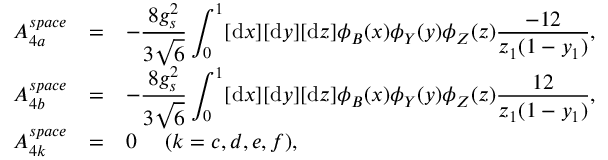
\begin{array} { r c l } { { A _ { 4 a } ^ { s p a c e } } } & { { = } } & { { - \displaystyle \frac { 8 g _ { s } ^ { 2 } } { 3 \sqrt { 6 } } \int _ { 0 } ^ { 1 } [ \mathrm { d } x ] [ \mathrm { d } y ] [ \mathrm { d } z ] \phi _ { B } ( x ) \phi _ { Y } ( y ) \phi _ { Z } ( z ) \displaystyle \frac { - 1 2 } { z _ { 1 } ( 1 - y _ { 1 } ) } , } } \\ { { A _ { 4 b } ^ { s p a c e } } } & { { = } } & { { - \displaystyle \frac { 8 g _ { s } ^ { 2 } } { 3 \sqrt { 6 } } \int _ { 0 } ^ { 1 } [ \mathrm { d } x ] [ \mathrm { d } y ] [ \mathrm { d } z ] \phi _ { B } ( x ) \phi _ { Y } ( y ) \phi _ { Z } ( z ) \displaystyle \frac { 1 2 } { z _ { 1 } ( 1 - y _ { 1 } ) } , } } \\ { { A _ { 4 k } ^ { s p a c e } } } & { { = } } & { { 0 ~ ~ ~ ~ ( k = c , d , e , f ) , } } \end{array}